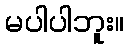
မပါပါဘူး။